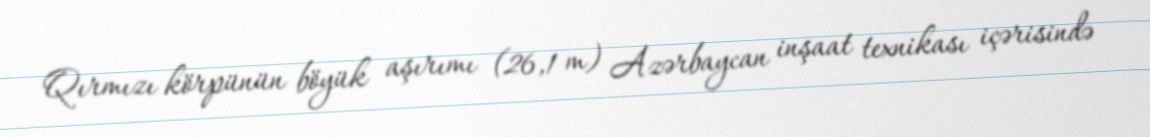
Qırmızı körpünün böyük aşırımı (26,1 m) Azərbaycan inşaat texnikası içərisində